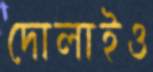
দোলাইও